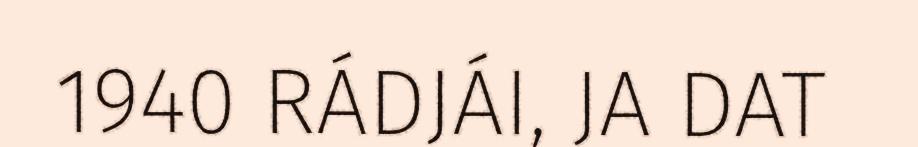
1940 RÁDJÁI, JA DAT